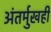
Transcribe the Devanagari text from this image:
अंतर्मुखही